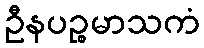
ဦနပဉ္စမာသကံ